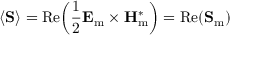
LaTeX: \langle \mathbf { S } \rangle = \operatorname { R e } \! \left( { \frac { 1 } { 2 } } { \mathbf { E } _ { \mathrm { m } } } \times \mathbf { H } _ { \mathrm { m } } ^ { * } \right) = \operatorname { R e } \! \left( \mathbf { S } _ { \mathrm { m } } \right)